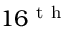
1 6 ^ { \mathrm { ~ t ~ h ~ } }